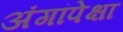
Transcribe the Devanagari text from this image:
अंगांपेक्षा